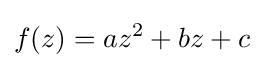
f(z)=az^{2}+bz+c